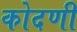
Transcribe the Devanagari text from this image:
कोदणी